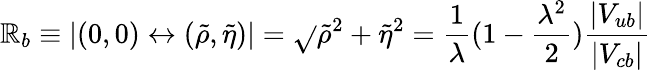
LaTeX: \mathbb{R}_{b}\equiv|(0,0)\leftrightarrow(\tilde{{\rho}},\tilde{{\eta}})|=\sqrt{}{{\tilde{{\rho}}^{2}+\tilde{{\eta}}^{2}}}=\frac{{1}}{{\lambda}}(1-\frac{{\lambda^{2}}}{{2}})\frac{{|V_{ub}|}}{{|V_{cb}|}}